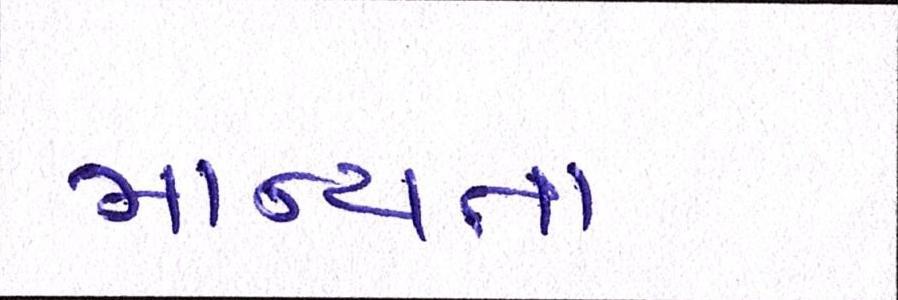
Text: માન્યતા